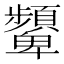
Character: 顰